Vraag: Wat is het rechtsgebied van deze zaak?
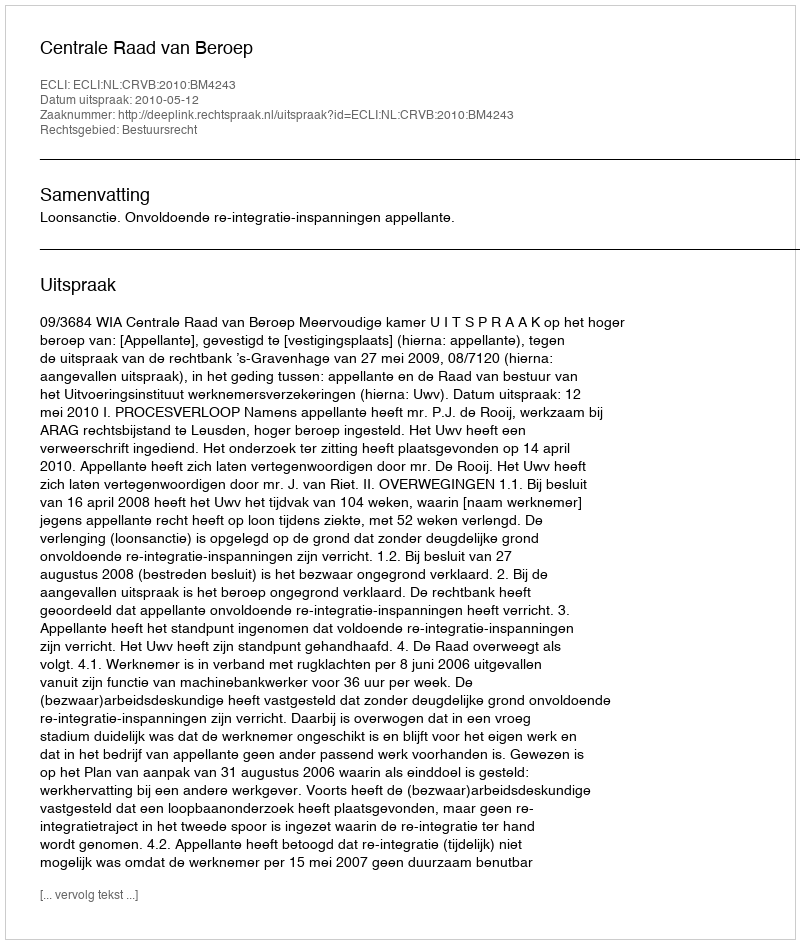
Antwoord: Bestuursrecht